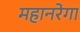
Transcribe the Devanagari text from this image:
महानरेगा